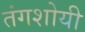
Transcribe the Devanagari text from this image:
तंगशोयी